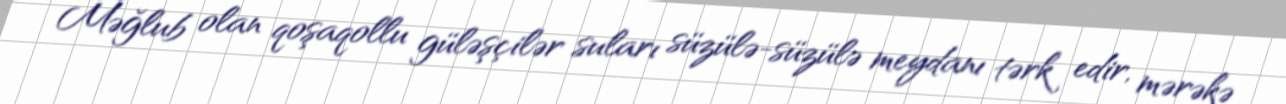
Məğlub olan qoşaqollu güləşçilər suları süzülə-süzülə meydanı tərk edir, mərəkə